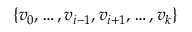
\left\{ v _ { 0 } , \dots , v _ { i - 1 } , v _ { i + 1 } , \dots , v _ { k } \right\}